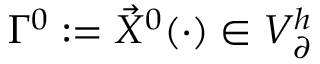
\Gamma ^ { 0 } : = \vec { X } ^ { 0 } ( \cdot ) \in V _ { \partial } ^ { h }